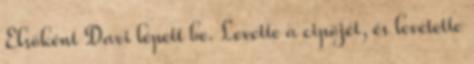
Elsőként Davi lépett be. Levette a cipőjét, és levetette